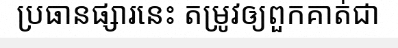
ប្រធានផ្សារនេះ តម្រូវឲ្យពួកគាត់ជា